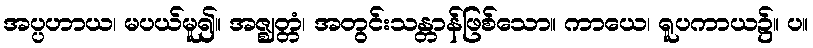
အပ္ပဟာယ၊ မပယ်မူ၍။ အဇ္ဈတ္တံ၊ အတွင်းသန္တာန်ဖြစ်သော။ ကာယေ၊ ရူပကာယ၌။ ပ။